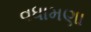
વધામણા